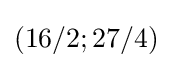
(16/2;27/4)